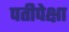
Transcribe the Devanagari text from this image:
पतीपेक्षा